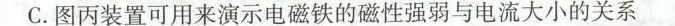
C.图丙装置可用来演示电磁铁的磁性强弱与电流大小的关系